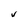
Character: V